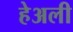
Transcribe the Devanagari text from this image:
हेअली